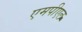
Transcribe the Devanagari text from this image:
एमपीएल